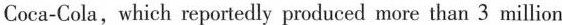
Coca-Cola, which reportedly produced more than 3 million